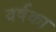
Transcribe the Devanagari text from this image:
वर्षका